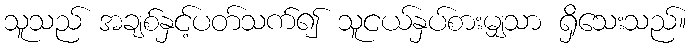
သူသည် အချစ်နှင့်ပတ်သက်၍ သူငယ်နှပ်စားမျှသာ ရှိသေးသည်။